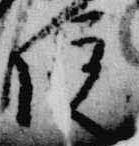
院